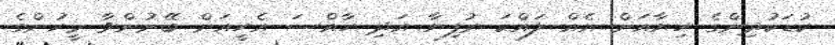
ކުޑަކުދިންގެ ހިޔާއަށް އެއް ލައްކަ ރުފިޔާ އަދި ހާއްސަ އެހީއަށް ބޭނުންވާ މީހުންގެ